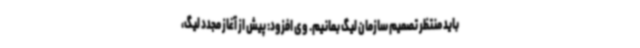
باید منتظر تصمیم سازمان لیگ بمانیم. وی افزود: پیش از آغاز مجدد لیگ،